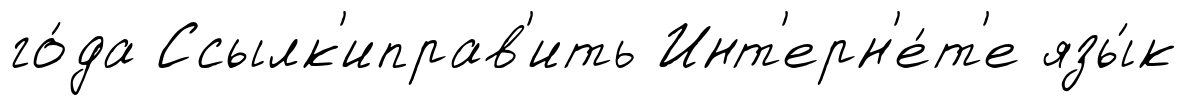
го́да Ссылк'иправ'ить Инт'ерн'е́т'е язы́к